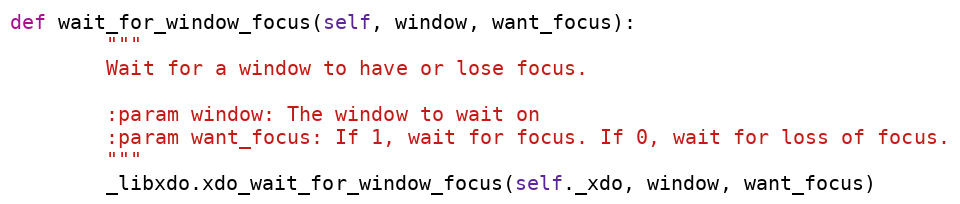
Language: Python
def wait_for_window_focus(self, window, want_focus):
        """
        Wait for a window to have or lose focus.

        :param window: The window to wait on
        :param want_focus: If 1, wait for focus. If 0, wait for loss of focus.
        """
        _libxdo.xdo_wait_for_window_focus(self._xdo, window, want_focus)